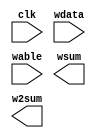
module calc_serial_windowcalc(clk, wdata, wable, wsum, w2sum);
input clk;
input [2:0] wdata;
input wable;
output reg [10:0] wsum;
output reg [13:0] w2sum;
endmodule